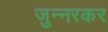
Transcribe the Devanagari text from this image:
जुन्‍नरकर